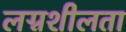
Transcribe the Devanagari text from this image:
लग्नशीलता